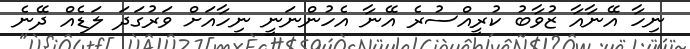
ނިހާ އޭނާއާ ޒުވާބު ކުރީއްސުރެ އޭނާ އެހުންނަނީ ނިހާއަށް ވަރުގަދަ ލަޑެއް ދޭނެ